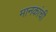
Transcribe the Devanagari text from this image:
मानकांची